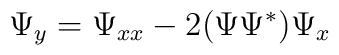
\Psi_{y}=   \Psi_{xx}-2 (\Psi  \Psi^* )  \Psi_x